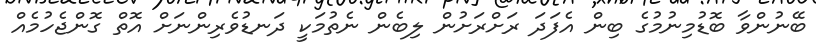
ބޭނުންވާ ބޮޑުމިނުމުގެ ބިން އެފަދަ ރަށްރަށުން ލިބެން ނެތުމަކީ ދަނޑުވެރިންނަށް އޮތް ގޮންޖެހުމެއް